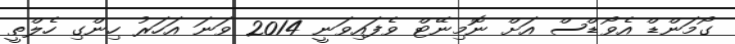
ގޯމަންޑް އެވޯޑްސް އަށް ނޮމިނޭޓް ވެފައިވަނީ 2014 ވަނަ އަހަރު ހިންގި ހެލްތީ